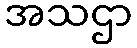
အသဌာ